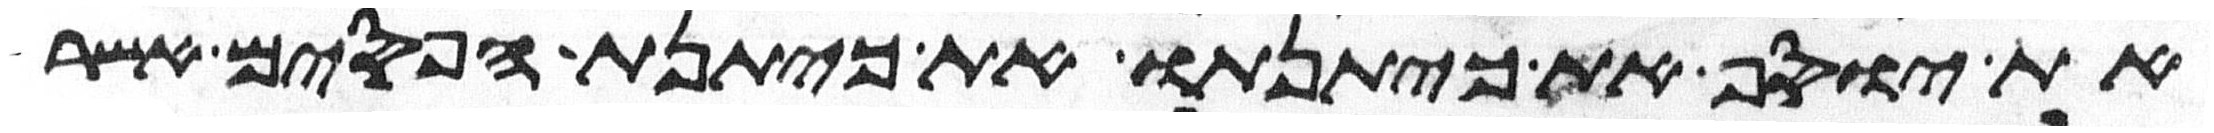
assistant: את יוסף את כיתנתו את כיתנת הפסים אשר